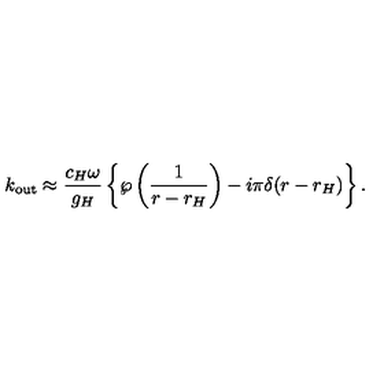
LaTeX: k _ { \mathrm { o u t } } \approx { \frac { c _ { H } \omega } { g _ { H } } } \left\{ \wp \left( { \frac { 1 } { r - r _ { H } } } \right) - i \pi \delta ( r - r _ { H } ) \right\} .